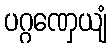
ပဂ္ဂဏှေယျံ